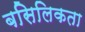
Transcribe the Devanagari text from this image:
बसिलिकता